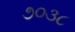
૭૦૩૮